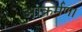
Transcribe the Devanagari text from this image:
आक्रर्मण।